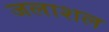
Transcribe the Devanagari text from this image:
जलाशल